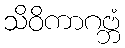
သိဝိကာဂဗ္ဘံ